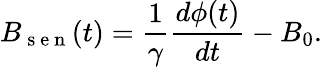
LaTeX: B_{\mathrm{~s~e~n~}}(t)=\frac{1}{\gamma}\frac{d\phi(t)}{dt}-B_{0}.